Indian journal of veterinary science and animal husbandry - Volume 10,
Year: 1940
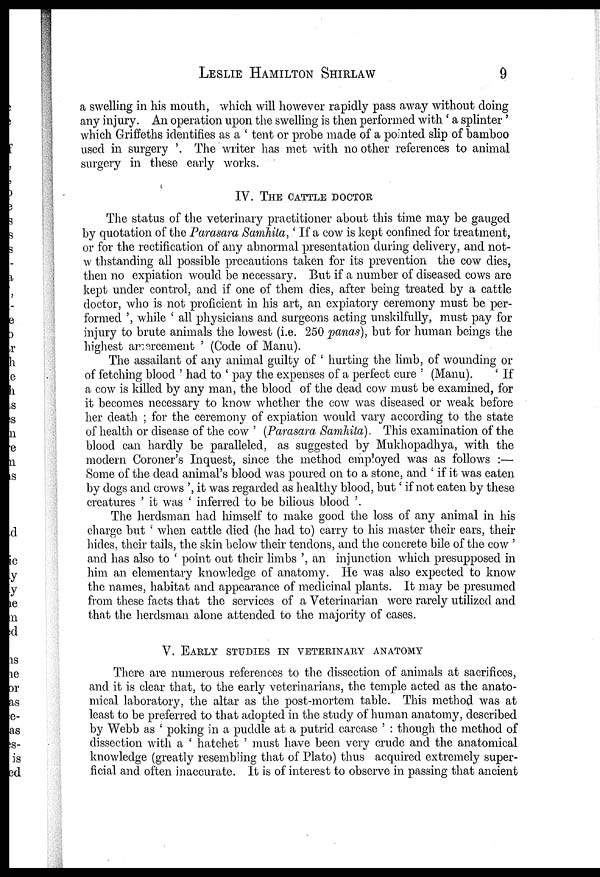
LESLIE HAMILTON SHIRLAW 9
a swelling in his mouth, which will however rapidly pass away without doing
any injury. An operation upon the swelling is then performed with ' a splinter'
which Griffeths identifies as a ' tent or probe made of a pointed slip of bamboo
used in surgery '. The writer has met with no other references to animal
surgery in these early works.
IV. THE CATTLE DOCTOR
The status of the veterinary practitioner about this time may be gauged
by quotation of the Parasara Samhita,' If a cow is kept confined for treatment,
or for the rectification of any abnormal presentation during delivery, and not¬
withstanding all possible precautions taken for its prevention the cow dies,
then no expiation would be necessary. But if a number of diseased cows are
kept under control, and if one of them dies, after being treated by a cattle
doctor, who is not proficient in his art, an expiatory ceremony must be per-
formed ', while ' all physicians and surgeons acting unskilfully, must pay for
injury to brute animals the lowest (i.e. 250 panas), but for human beings the
highest amercement ' (Code of Manu).
The assailant of any animal guilty of ' hurting the limb, of wounding or
of fetching blood ' had to ' pay the expenses of a perfect cure ' (Manu).
' If
a cow is killed by any man, the blood of the dead cow must be examined, for
it becomes necessary to know whether the cow was diseased or weak before
her death ; for the ceremony of expiation would vary according to the state
of health or disease of the cow ' (Parasara Samhita). This examination of the
blood can hardly be paralleled, as suggested by Mukhopadhya, with the
modern Coroner's Inquest, since the method employed was as follows :—
Some of the dead animal's blood was poured on to a stone, and ' if it was eaten
by dogs and crows ', it was regarded as healthy blood, but ' if not eaten by these
creatures ' it was ' inferred to be bilious blood '.
The herdsman had himself to make good the loss of any animal in his
charge but ' when cattle died (he had to) carry to his master their ears, their
hides, their tails, the skin below their tendons, and the concrete bile of the cow '
and has also to ' point out their limbs ', an injunction which presupposed in
him an elementary knowledge of anatomy. He was also expected to know
the names, habitat and appearance of medicinal plants. It may be presumed
from these facts that the services of a Veterinarian were rarely utilized and
that the herdsman alone attended to the majority of cases.
V. EARLY STUDIES IN VETERINARY ANATOMY
There are numerous references to the dissection of animals at sacrifices,
and it is clear that, to the early veterinarians, the temple acted as the anato-
mical laboratory, the altar as the post-mortem table. This method was at
least to be preferred to that adopted in the study of human anatomy, described
by Webb as ' poking in a puddle at a putrid carcase ' : though the method of
dissection with a ' hatchet ' must have been very crude and the anatomical
knowledge (greatly resembling that of Plato) thus acquired extremely super-
ficial and often inaccurate. It is of interest to observe in passing that ancient